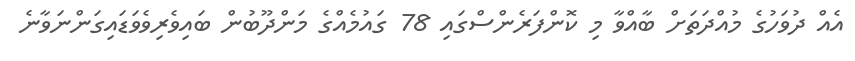
އެއް ދުވަހުގެ މުއްދަތަށް ބާއްވާ މި ކޮންފަރެންސްގައި 78 ގައުމެއްގެ މަންދޫބުން ބައިވެރިވެވަޑައިގަންނަވާނެ